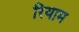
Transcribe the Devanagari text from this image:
रियाम